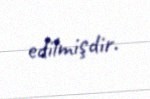
edilmişdir.